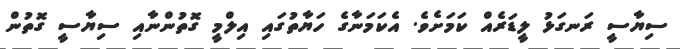
ސިޔާސީ ރަނގަޅު ލީޑަރެއް ކަމަށެވެ. އެކަމަނާގެ ހަޔާތުގައި އިލްމީ ގޮތުންނާއި ސިޔާސީ ގޮތުން